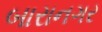
બારાનગર